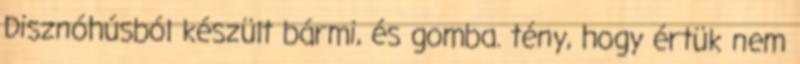
Disznóhúsból készült bármi, és gomba. tény, hogy értük nem